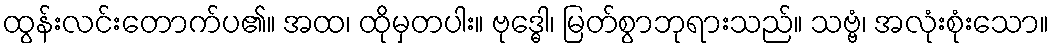
ထွန်းလင်းတောက်ပ၏။ အထ၊ ထိုမှတပါး။ ဗုဒ္ဓေါ၊ မြတ်စွာဘုရားသည်။ သဗ္ဗံ၊ အလုံးစုံးသော။